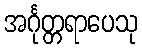
အင်္ဂုတ္တရာပေသု